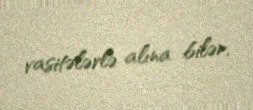
vasitələrlə alına bilər.